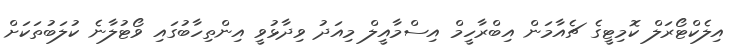
އިލެކްޓޯރަލް ކޮމިޓީގެ ޗެއާމަން އިބްރާހީމް އިސްމާއީލް މިއަދު ވިދާޅުވީ އިންތިހާބުގައި ވޯޓުލާނެ ކުލަބުތަކަށް